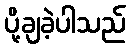
ပို့ချခဲ့ပါသည်